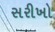
સરીખો